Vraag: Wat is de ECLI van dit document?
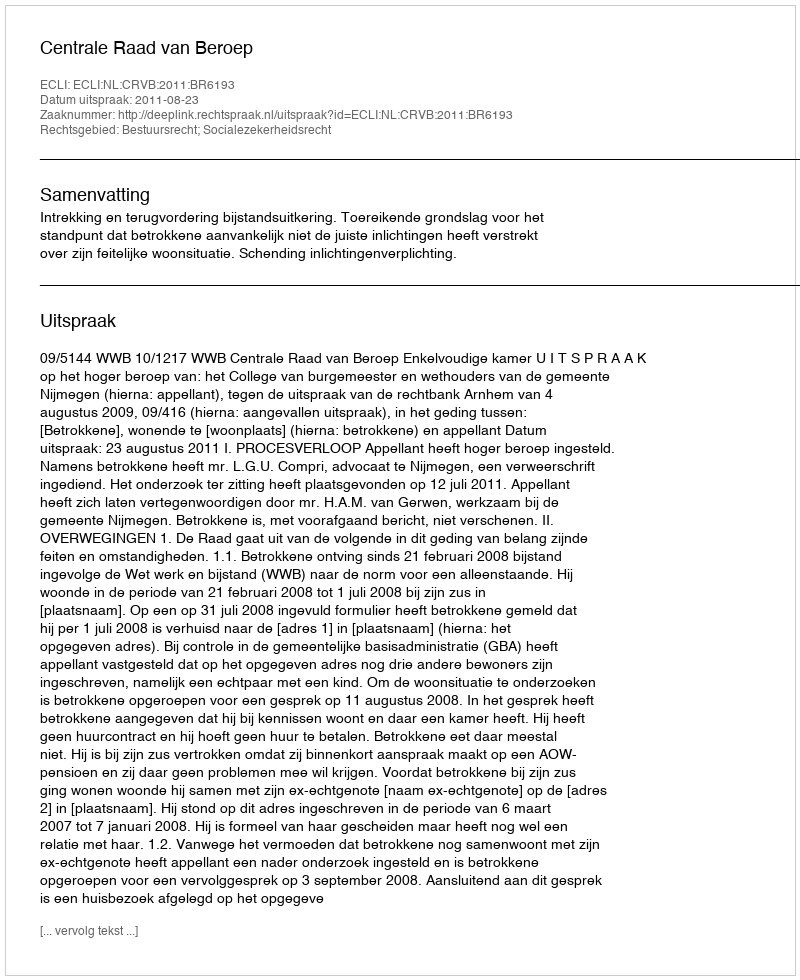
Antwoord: ECLI:NL:CRVB:2011:BR6193